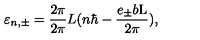
\varepsilon _ { n , { \pm } } = \frac { 2 \pi } { 2 \pi } { L } ( n { \hbar } - \frac { e _ { \pm } b \mathrm { L } } { 2 \pi } ) ,